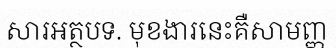
សារអត្ថបទ. មុខងារនេះគឺសាមញ្ញ